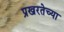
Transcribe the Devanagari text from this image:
प्रखरतेच्या